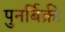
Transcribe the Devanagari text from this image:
पुनर्बिक्री